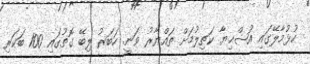
ހުޅުމާލޭގައި އުޟްޙިޔާ ކަތިލުމަށް ތައްޔާރު ވަނީ. ހަބަރު ލިބޭ ގޮތުގައި 100 ބަކަރި